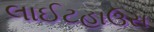
લાઈટહાઉસ